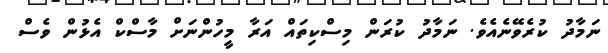
ނަމާދު ކުރެވޭނެއެވެ. ނަމާދު ކުރަން މިސްކިތައް އަރާ މީހުންނަށް މާސްކް އެޅުން ވެސް